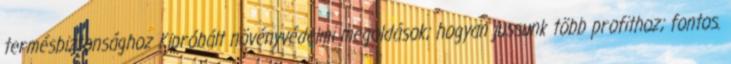
termésbiztonsághoz Kipróbált növényvédelmi megoldások; hogyan jussunk több profithoz; fontos.